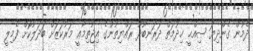
ދެމުން ގެންދިޔަ ޞިއްޙީ ޚިދުމަތް ދަރަނބޫދޫ ރައްޔިތުންގެ އިޖުތިމާޢީ މަރުކަޒަށް ބަދަލުކޮށް ފެމިލީ